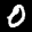
Label: 0